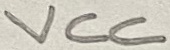
Text: VCC